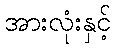
အားလုံးနှင့်